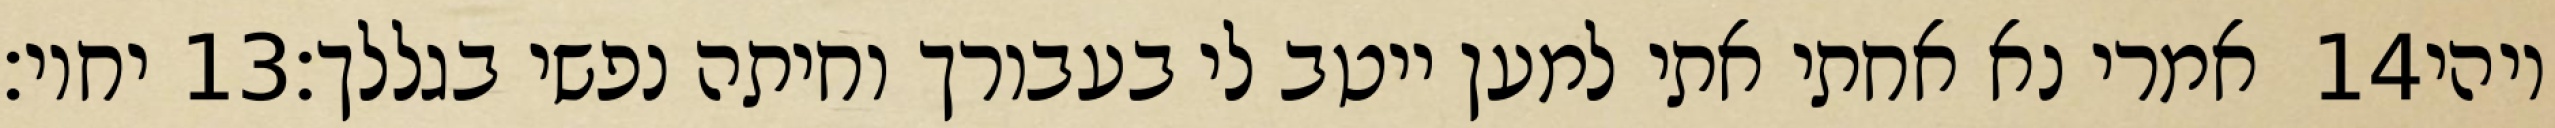
יחיו׃ ‎13‏ אמרי נא אחתי אתי למען ייטב לי בעבורך וחיתה נפשי בגללך׃ ‎14‏ ויהי